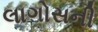
લાગોસની